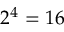
2 ^ { 4 } = 1 6